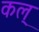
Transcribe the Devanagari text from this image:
कल्